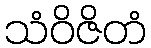
သံဝိဇိတံ